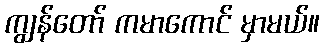
ကျွန်တော် ကမာကောင် မှာမယ်။